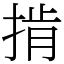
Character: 掯